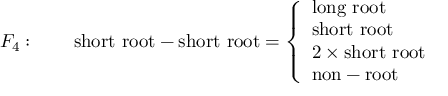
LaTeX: F _ { 4 } : \qquad \mathrm { s h o r t ~ r o o t } - \mathrm { s h o r t ~ r o o t } = \left\{ \begin{array} { l } { { \mathrm { l o n g ~ r o o t } } } \\ { { \mathrm { s h o r t ~ r o o t } } } \\ { { 2 \times \mathrm { s h o r t ~ r o o t } } } \\ { { \mathrm { n o n - r o o t } } } \end{array} \right.